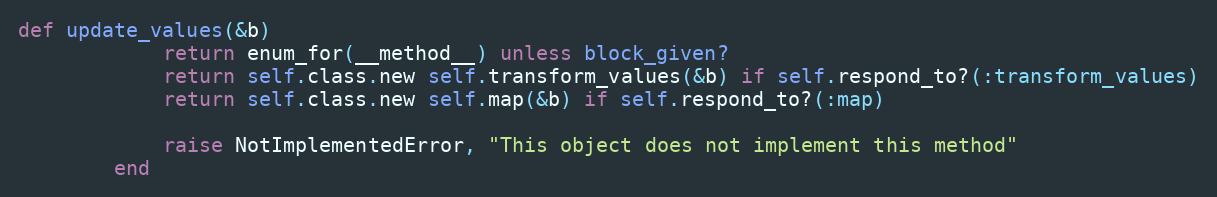
Language: Ruby
def update_values(&b)
            return enum_for(__method__) unless block_given?
            return self.class.new self.transform_values(&b) if self.respond_to?(:transform_values)
            return self.class.new self.map(&b) if self.respond_to?(:map)

            raise NotImplementedError, "This object does not implement this method"
        end